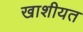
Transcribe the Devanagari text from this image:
खाशीयत